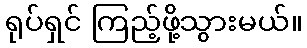
ရုပ်ရှင် ကြည့်ဖို့သွားမယ်။